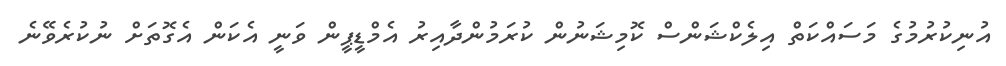
އުނިކުރުމުގެ މަސައްކަތް އިލެކްޝަންސް ކޮމިޝަނުން ކުރަމުންދާއިރު އެމްޑީޕީން ވަނީ އެކަން އެގޮތަށް ނުކުރެވޭނެ